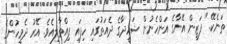
ތަނެކޭ." ފަޒީން އޭނާގެ އަންހެނުން ޝަހީދާގެ ދެއަތުގައި ހިފައި ފިއްތާލިއެވެ. އޭރު ދެމީހުންގެ